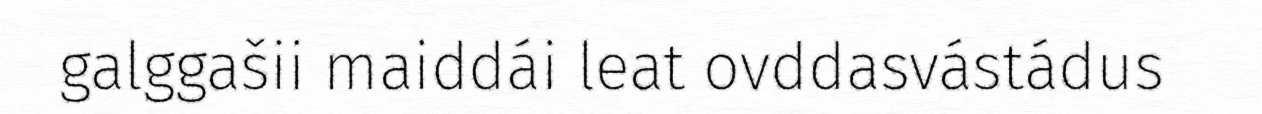
galggašii maiddái leat ovddasvástádus